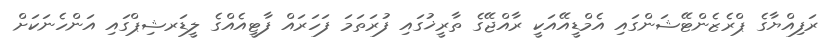
ރަފިއްޔާގެ ޕްރެޒެންޓޭޝަންގައި އެމްޑީއޭއަކީ ރާއްޖޭގެ ތާރީޚުގައި ފުރަތަމަ ފަހަރައް ފާޓީއެއްގެ ލީޑަރޝިޕްގައި އަންހެނަކަށް